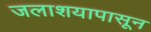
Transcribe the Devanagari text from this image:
जलाशयापासून